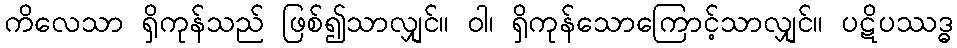
ကိလေသာ ရှိကုန်သည် ဖြစ်၍သာလျှင်။ ဝါ၊ ရှိကုန်သောကြောင့်သာလျှင်။ ပဋိပဿဒ္ဓ